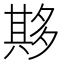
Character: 𫯔